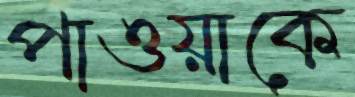
পাওয়াকে